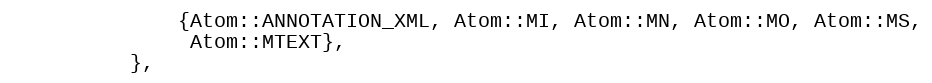
Language: C
              {Atom::ANNOTATION_XML, Atom::MI, Atom::MN, Atom::MO, Atom::MS,
               Atom::MTEXT},
          },